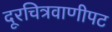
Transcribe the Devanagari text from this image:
दूरचित्रवाणीपट